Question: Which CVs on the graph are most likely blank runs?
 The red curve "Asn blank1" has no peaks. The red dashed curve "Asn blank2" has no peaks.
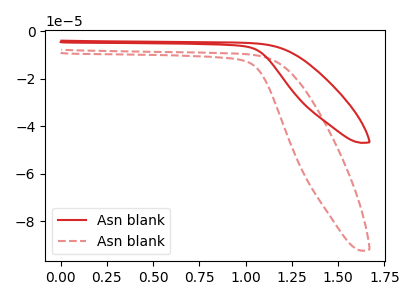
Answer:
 <answer>"Asn blank1" and "Asn blank2" are likely to be blanks.</answer>
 <eval>"Asn blank1", "Asn blank2"</eval>